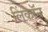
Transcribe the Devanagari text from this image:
लिंकॉन